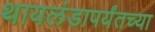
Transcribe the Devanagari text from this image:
थायलंडापर्यंतच्या